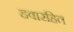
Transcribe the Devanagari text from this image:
हवारहित